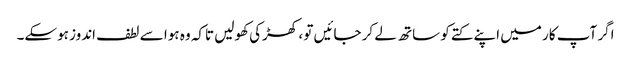
اگر آپ کار میں اپنے کتے کو ساتھ لے کر جائیں تو ، کھڑکی کھولیں تاکہ وہ ہوا سے لطف اندوز ہوسکے۔